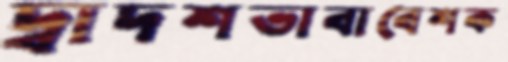
দ্বাদশভাবাবেশক